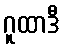
ဂူထာဒီ